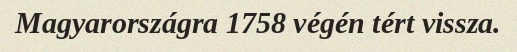
Magyarországra 1758 végén tért vissza.